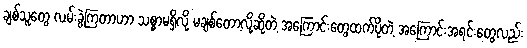
ချစ်သူတွေ လမ်းခွဲကြတာဟာ သစ္စာမရှိလို့ မချစ်တော့လို့ဆိုတဲ့ အကြောင်းတွေထက်ပိုတဲ့ အကြောင်းအရင်းတွေလည်း